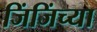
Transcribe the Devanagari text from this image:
जिंजिंच्या